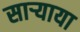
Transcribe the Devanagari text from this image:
साऱ्याया